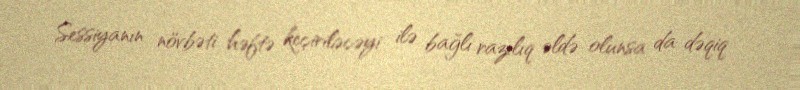
Sessiyanın növbəti həftə keçiriləcəyi ilə bağlı razılıq əldə olunsa da dəqiq